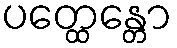
ပတ္ထေန္တော